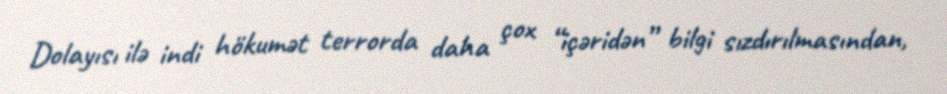
Dolayısı ilə indi hökumət terrorda daha çox “içəridən” bilgi sızdırılmasından,